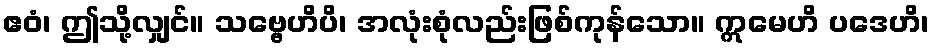
ဧဝံ၊ ဤသို့လျှင်။ သဗ္ဗေဟိပိ၊ အလုံးစုံလည်းဖြစ်ကုန်သော။ ဣမေဟိ ပဒေဟိ၊